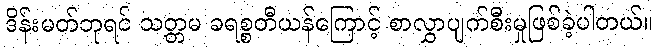
ဒိန်းမတ်ဘုရင် သတ္တမ ခရစ္စတီယန်ကြောင့် စာလွှာပျက်စီးမှုဖြစ်ခဲ့ပါတယ်။